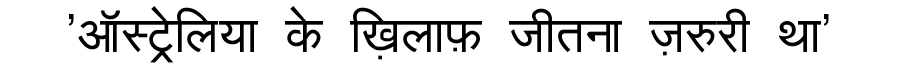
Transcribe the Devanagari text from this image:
'ऑस्ट्रेलिया के ख़िलाफ़ जीतना ज़रुरी था'